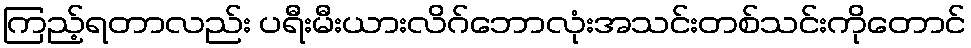
ကြည့်ရတာလည်း ပရီးမီးယားလိဂ်ဘောလုံးအသင်းတစ်သင်းကိုတောင်